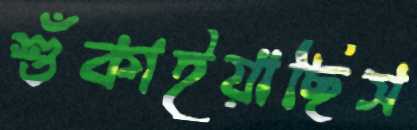
শুঁকাইয়াছিস